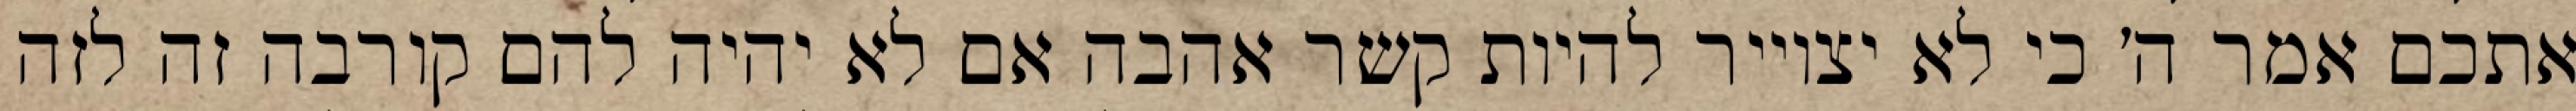
אתכם אמר ה׳ כי לא יצוייר להיות קשר אהבה אם לא יהיה להם קורבה זה לזה